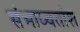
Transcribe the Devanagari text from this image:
संभाव्यतांश